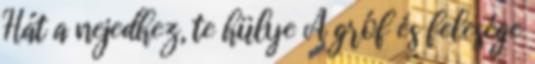
Hát a nejedhez, te hülye A gróf és felesége